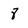
Character: 8